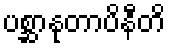
ပစ္ဆာနုတာပိနီတိ